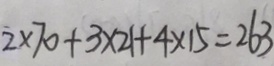
2 \times 7 0 + 3 \times 2 1 + 4 \times 1 5 = 2 6 3